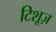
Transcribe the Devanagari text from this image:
टिशूज़